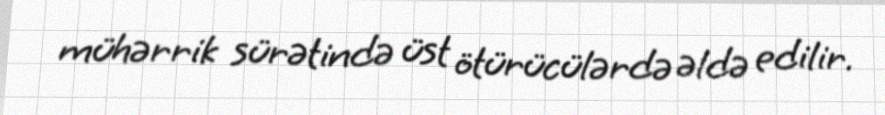
mühərrik sürətində üst ötürücülərdə əldə edilir.